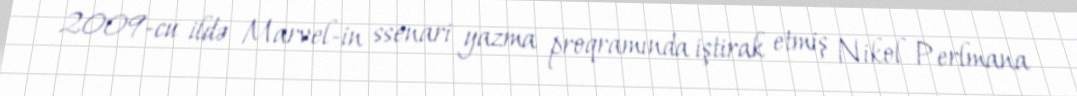
2009-cu ildə Marvel-in ssenari yazma proqramında iştirak etmiş Nikol Perlmana